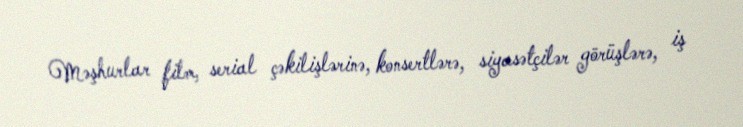
Məşhurlar film, serial çəkilişlərinə, konsertlərə, siyasətçilər görüşlərə, iş